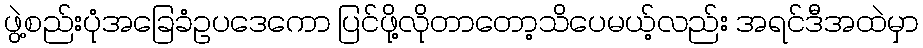
ဖွဲ့စည်းပုံအခြေခံဥပဒေကော ပြင်ဖို့လိုတာတော့သိပေမယ့်လည်း အရင်ဒီအထဲမှာ